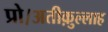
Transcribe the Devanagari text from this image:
प्रो।अतीक़ुल्लाह